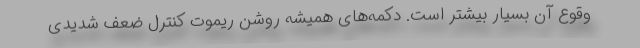
وقوع آن بسیار بیشتر است. دکمه‌های همیشه روشن ریموت کنترل ضعف شدیدی